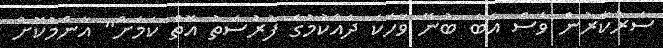
ސަރުކާރުން ވެސް އެބަ ބުނޭ ވާހަކަ ދެއްކުމުގެ ފުރުސަތު އޮތް ކަމަށް" އާންމުކޮށް